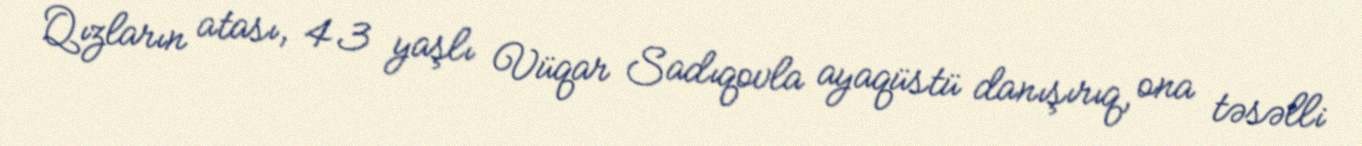
Qızların atası, 43 yaşlı Vüqar Sadıqovla ayaqüstü danışırıq, ona təsəlli